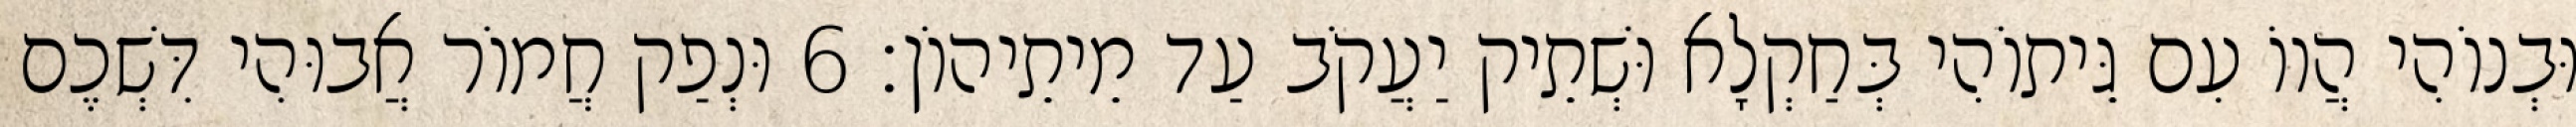
וּבְנוֹהִי הֲווֹ עִם גֵּיתוֹהִי בְּחַקְלָא וּשְׁתֵיק יַעֲקֹב עַד מֵיתֵיהוֹן׃ 6 וּנְפַק חֲמוֹר אֲבוּהִי דִּשְׁכֶם